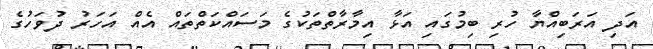
އަދި އަރަބިއްޔާ ހުރި ބިމުގައި އަޅާ އިމާރާތްތަކުގެ މަސައްކަތްތައް އެއް އަހަރު ދުވަހުގެ